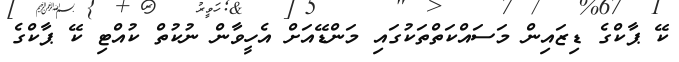
ކޭ ޕާކްގެ ޑިޒައިން މަސައްކަތްތަކުގައި މަންޑޭއަށް އެހީވާން ނުކުތް ކުއްޓި ކޭ ޕާކްގެ